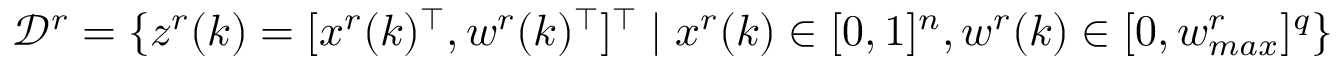
\mathcal D ^ { r } = \{ z ^ { r } ( k ) = [ x ^ { r } ( k ) ^ { \top } , w ^ { r } ( k ) ^ { \top } ] ^ { \top } \mid x ^ { r } ( k ) \in [ 0 , 1 ] ^ { n } , w ^ { r } ( k ) \in [ 0 , w _ { m a x } ^ { r } ] ^ { q } \}